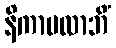
နိကာမလာဘိံ